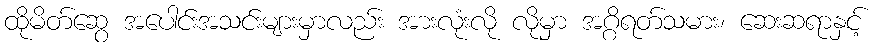
ထိုမိတ်ဆွေ အပေါင်းအသင်းများမှာလည်း အားလုံးလို လိုမှာ အဂ္ဂိရတ်သမား၊ ဆေးဆရာနှင့်